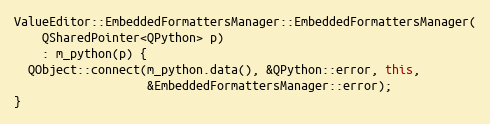
Language: C++
ValueEditor::EmbeddedFormattersManager::EmbeddedFormattersManager(
    QSharedPointer<QPython> p)
    : m_python(p) {
  QObject::connect(m_python.data(), &QPython::error, this,
                   &EmbeddedFormattersManager::error);
}